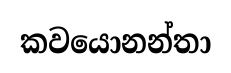
කවයොනන්තා